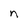
Character: n